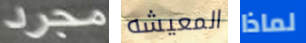
مجرد المعيشه لماذا